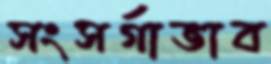
সংসর্গাভাব